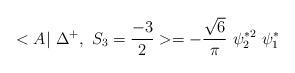
LaTeX: \begin{align*}<A|~\Delta^{+},~ S_3=\frac{-3}{2} >=- \frac{\sqrt{6}}{\pi} ~\psi_2^{*2}~\psi_1^*\end{align*}